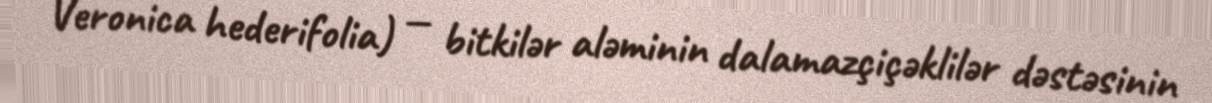
Veronica hederifolia) — bitkilər aləminin dalamazçiçəklilər dəstəsinin